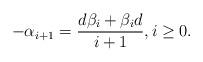
LaTeX: \begin{align*}-\alpha_{i+1} = \frac{d\beta_i+\beta_i d}{i+1},i\geq0.\end{align*}